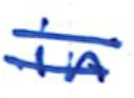
Text: in
Cross-out: double-line
Writing tool: ballpoint